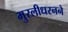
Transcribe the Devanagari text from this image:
मुरलीधरनने